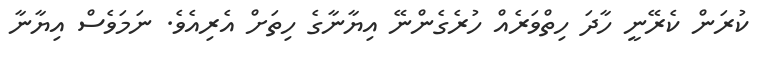
ކުރަން ކެރޭނީ ހާދަ ހިތްވަރެއް ހުރެގެންނޭ އިޔާނާގެ ހިތަށް އެރިއެވެ. ނަމަވެސް އިޔާނާ